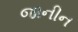
જાનીન